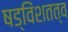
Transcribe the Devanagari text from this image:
षड्विंशतत्व